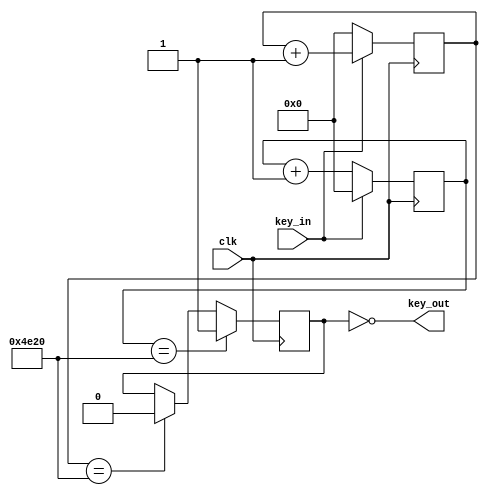
`timescale 1ns / 1ps

module remove_shake(
    input clk, key_in,
    output key_out);
	parameter SAMPLE_TIME = 20000;
	reg[21:0] count_low;
	reg[21:0] count_high;
	reg key_out_reg;

	always@(posedge clk) begin
		count_low <= !key_in ? 0 : count_low + 1;
		count_high <= key_in ? 0 : count_high + 1;
		if(count_high == SAMPLE_TIME)
			key_out_reg <= 1;
		else if(count_low == SAMPLE_TIME)
			key_out_reg <= 0;
	end
	assign key_out = !key_out_reg;
endmodule